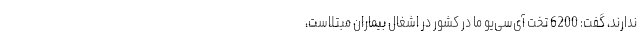
ندارند، گفت: 6200 تخت آی‌سی‌یو ما در کشور در اشغال بیماران مبتلاست،